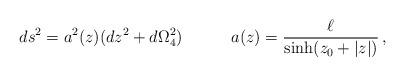
LaTeX: \begin{align*}ds^2 =a^2(z)(dz^2+d\Omega^2_4)\quad\qquad a(z)=\frac{\ell}{\sinh(z_0+|z|)}\,,\end{align*}